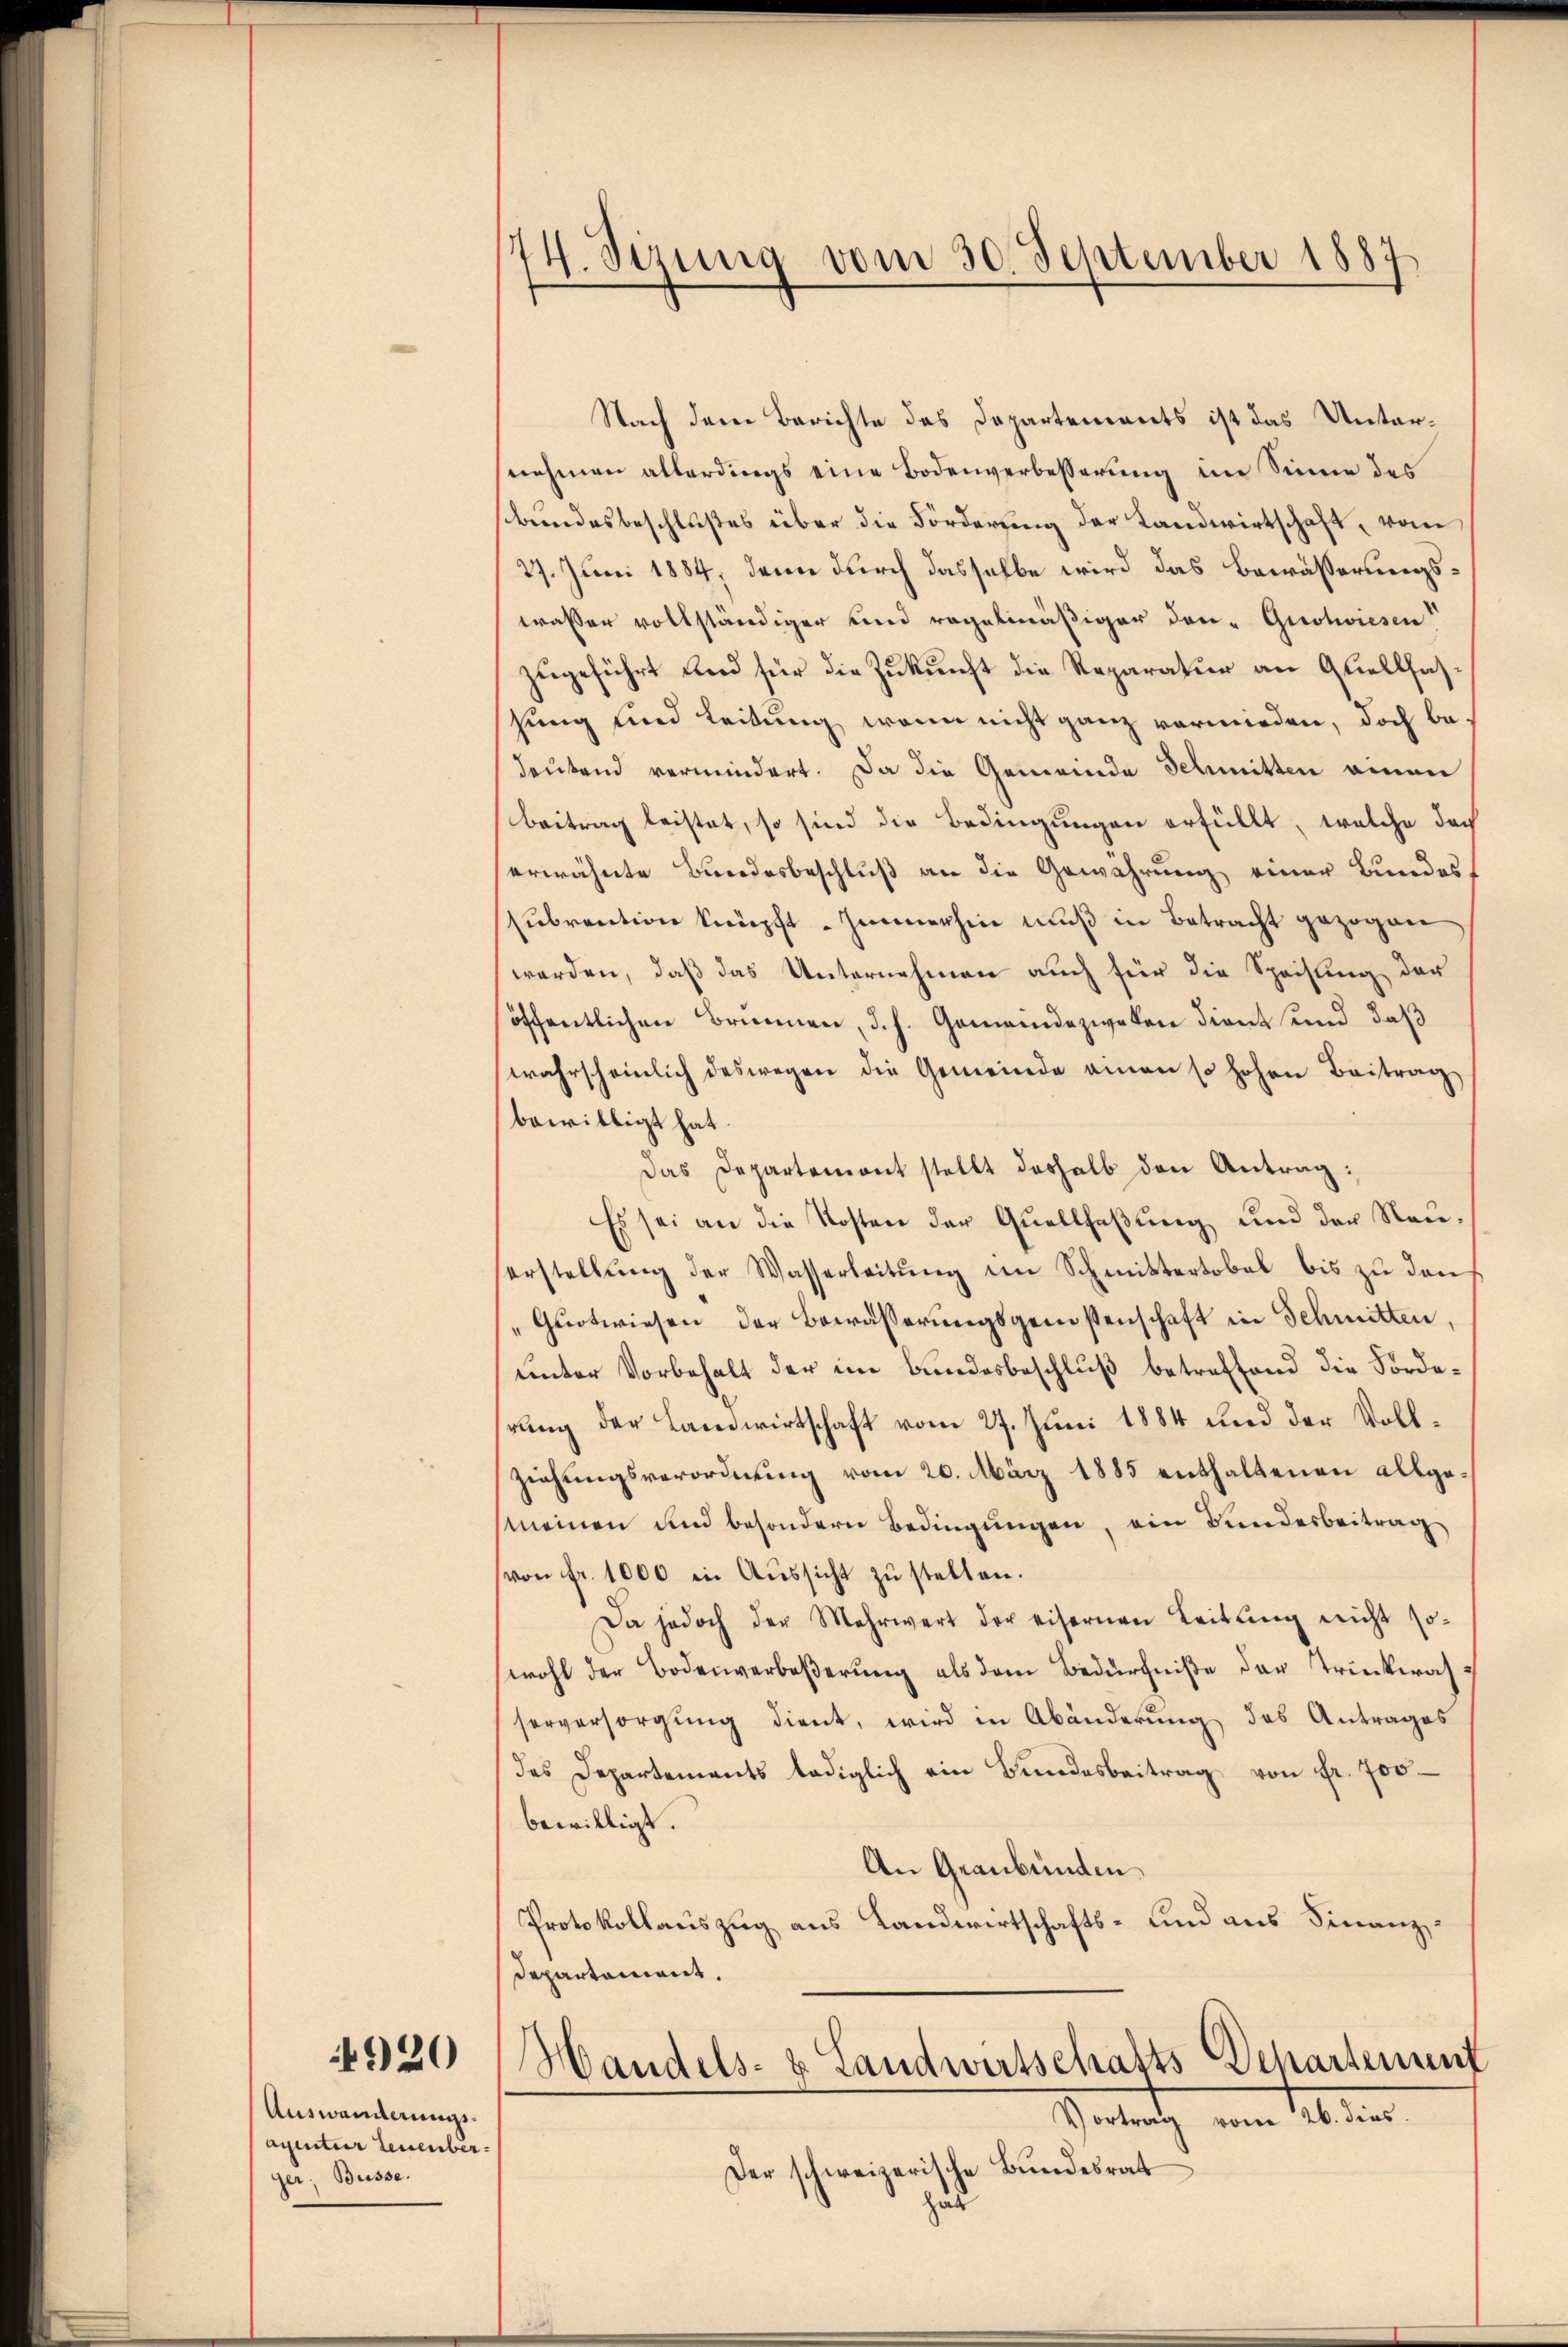
4920

Auswanderungs¬
Agentur Leuenber
ger, Büsse.

74. Sezung vom 30. September 1887

Nach dem Berichte des Departements ist das Unternehmen allerdings eine Bodenverbesserung im Sinne des
bundesbeschlußes über die Förderung der Landwirtschaft, vom
27. Juni 1884, denn durch dasselbe wird das Bewässerungswasser vollständiger und regelmäßiger Don-Guolwiesen
zugeführt und für die Zukunft die Reparatur an Quellfassung und Leitung wenn nicht ganz vermieden, doch bedeutend vermindert. Da die Gemeinde Schmitten einen
Beitrag leistet, so sind die Bedingungen erfüllt, welche doch
erwähnte Bundesbeschluß an die Gewährung einer Bundes
sŭbrention knüpft. Immerhin mŭβ in Betracht gezogen
werden, daß das Unternehmen auch für die Speisung der
öffentlichen Brunnen, d. h. Gemeindezweken dient und daß
wahrscheinlich deswegen die Gemeinde einen so hohen Beitrag
bewilligt hat.
Das Departemont stellt deshalb den Antrag:
Es sei an die Kosten der Quellfaßung und der Neuerstellung der Wasserleitung im Schmittertobel bis zu den
Quotwiesen der Bewässerungsgenossenschaft in Schmitten,
unter Vorbehalt der im Bundesbeschluß betreffend die Forderung der Landwirtschaft vom 27. Juni 1884 und der Vollziehungsverordnung vom 20. März 1885 enthaltenen allgemeinen und besondern Bedingungen, ein Bundesbeitrag
von fr. 1000 in Aŭssicht zŭ stellen.
Da jedoch der Mehrwert der eisernen Leitŭng nicht so-
wohl der Bodenverbeßerung als dem Bedürfniße der Trinkwahsorversorgung dient, wird in Abänderung des Antrages
des Departements lediglich ein Bundesbeitrag von fr. 700
bewilligt.
An Graubünden.
Protokollauszug aus Landwirtschafts- und aus Finanzdepartement.

Handels- & Landwirtschafts Schartenunt
Vortrag vom 26. dies

Der schweizerische Bundesrat